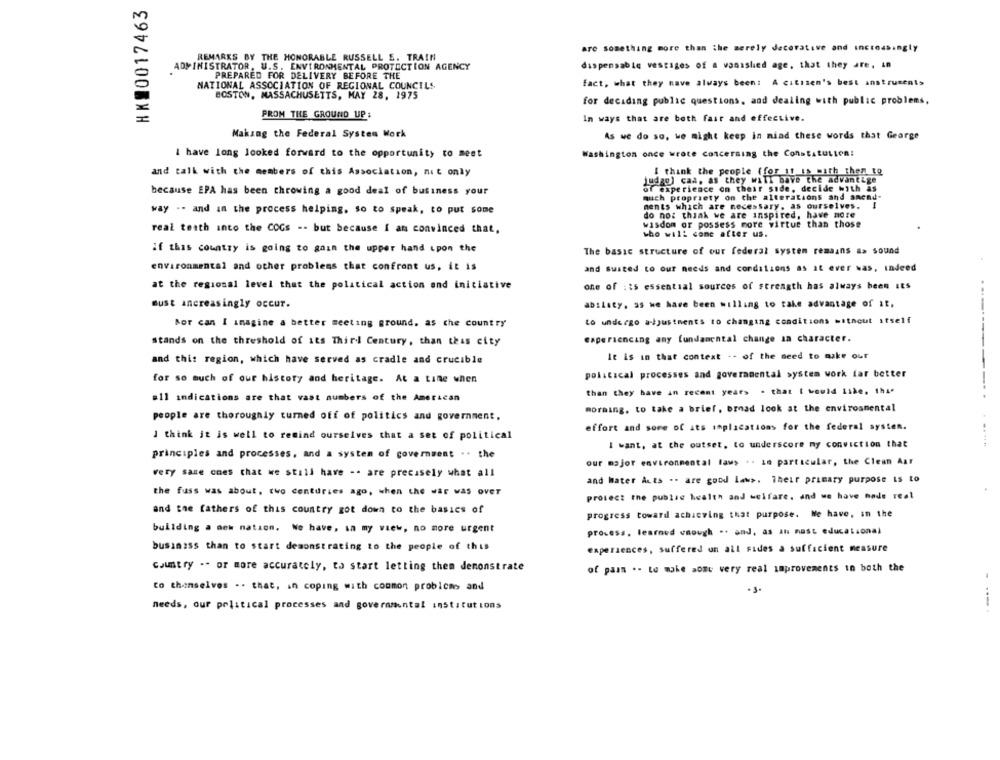
HK 0017463
are something more than the merely decorative and increasingly
REMARKS BY THE HONORABLE RUSSELL S. TRAIN
ADMINISTRATOR, U.S. ENVIRONMENTAL PROTECTION AGENCY
dispensabic vestiges of a vanished age, that they are, in
PREPARED FOR DELIVERY BEFORE THE
fact, what they nave always been: A citizen's best instruments
NATIONAL ASSOCIATION OF REGIONAL COUNCILS.
BOSTON, MASSACHUSETTS, MAY 28, 1975
for deciding public questions, and dealing with public problems,
PROM THE GROUND UP:
In ways that are both fair and effective.
Making the Federal System Work
As we do so, we might keep in mind these words that George
Washington once wrote concerning the Constitution:
I have long looked forward to the opportunity to meet
and talk with the members of this Association, not only
I think the people (for it is with then to
Judge) caa, as they will bave the advantige
because EPA has been throwing a good deal of business your
of experience on their side, decide with as
much propriety on the alterations and anend-
ments which are necessary. as ourselves.
way .. and in the process helping, so to speak, to put some
do not think we are inspired, have more
real teath into the COGs -- but because I am convinced that,
wisdom or possess more virtue than those
who will come after us.
if this country is going to gain the upper hand upon the
The basic structure of our federal system remains as sound
environmental and other problems that confront us, it is
and suited to our needs and conditions as it ever was, indeed
at the regional level that the political action and initiative
one of its essential sources of strength has always been Its
must ancreasingly occur.
ability. as we have been willing to take advantage of it,
to undergo a-ijustments to changing conditions without itself
Bor can I imagine a better meeting ground. as the country
stands on the threshold of its Third Century, than this city
experiencing any fundamental change in character.
It is in that contest . - of the need to make our
and this region, which have served as cradle and crucible
for so much of our history and heritage. At a time when
political processes and governmental system work far better
than they have in recent years . that I would Like, thi.
#11 indications are that vast numbers of the American
morning, to take a brief, brad look at the environmental
people are thoroughly turned off of politics and government,
effort and some of its implications for the federal systen.
I think it is well to remind ourselves that a set of political
I want, at the outset, to underscore my conviction that
principles and processes, and a system of government .. the
our major environmental laws .. in particular, the Clean Air
very same ones that we still have -. are precisely what all
and hater Acts .. are good laws. Their primary purpose is to
the fuss was about, two centuries ago, when the war was over
protect the public health and welfare, and we have nade real
and the fathers of this country got down to the basics of
progress toward achieving that purpose. We have, in the
building a new nation. We have, in my view, no more urgent
process. learned vaough .. and, as in most educational
business than to start demonstrating to the people of this
experiences, suffered un all Fides a sufficient measure
country .. or more accurately, to start letting them demonstrate
of pain .- to make some very real improvements in both the
to themselves .. that, in coping with common problems and
needs, our political processes and governmental institutions